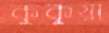
কুকুয়া